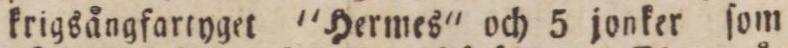
krigsångfartyget 'Hermes' och 5 jonker ſom